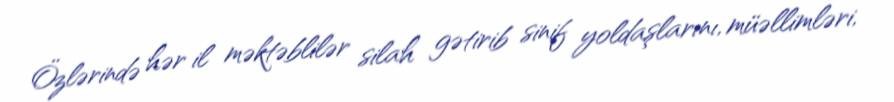
Özlərində hər il məktəblilər silah gətirib sinif yoldaşlarını, müəllimləri,